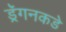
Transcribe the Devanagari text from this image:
ड्रॅगनकडे